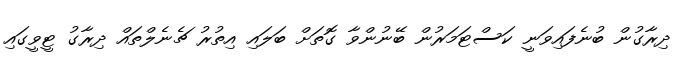
ދިރާގުން ބުނެފައިވަނީ ކަސްޓަމަރުން ބޭނުންވާ ގޮތަށް ބަލައި އިތުރު ޗެނެލްތައް ދިރާގު ޓީވީގައި